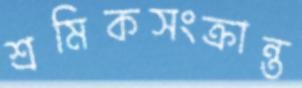
শ্রমিকসংক্রান্ত